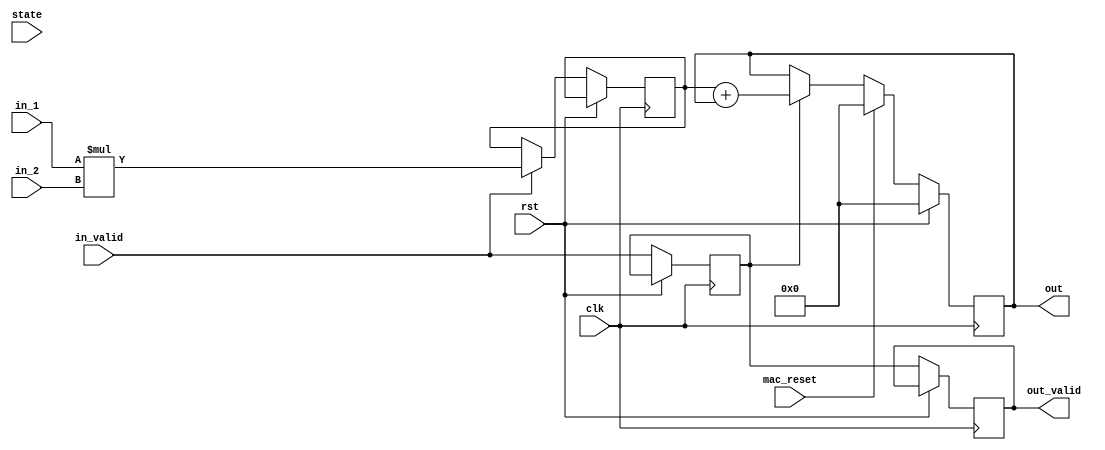
`timescale 1ns / 1ps
//////////////////////////////////////////////////////////////////////////////////
// Company: 
// Engineer: 
// 
// Design Name: 
// Module Name: mac
// Project Name: 
// Target Devices: 
// Tool Versions: 
// Description: 
// 
// Dependencies: 
// 
// Revision:
// Revision 0.01 - File Created
// Additional Comments:
// 
//////////////////////////////////////////////////////////////////////////////////


module mac
#(parameter WIDTH = 36)
(
input [WIDTH-1:0] in_1,
input [WIDTH-1:0] in_2,
input [3:0] state,
input mac_reset,
input in_valid,
output reg out_valid,
output reg [WIDTH-1:0] out,
input clk, rst
    );

reg [WIDTH-1:0] product;
reg product_valid;    

always @ (posedge clk) begin
    if (rst ) begin
        out <= 0;
    end
    else begin
        if ( in_valid ) begin
            product <= in_1 * in_2;
        end
        if (product_valid) begin
            out <= product + out;
        end
        if ( mac_reset ) begin
            out <= 0;
        end
        product_valid <= in_valid;
        out_valid <= product_valid;    
    end
end      
endmodule